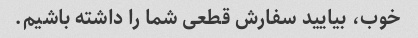
خوب، بیایید سفارش قطعی شما را داشته باشیم.